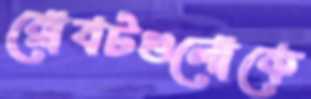
রোবটগুলোকে